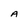
Character: A